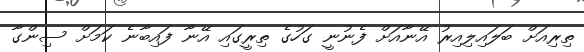
ތިރިއަށް ބަލައިލިއިރު އޭނާއަށް ފެނުނީ ގަހުގެ ތިރީގައި އޭނާ ފައިބާނެ ކަމަށް ސިންގާ